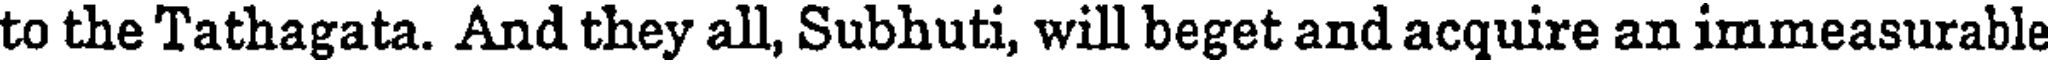
to the Tathagata. And they all, Subhuti, will beget and acquire an immeasurable